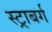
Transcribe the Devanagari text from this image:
स्ट्राबर्ग